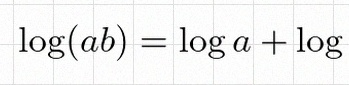
\log(ab)=\log a+\log b